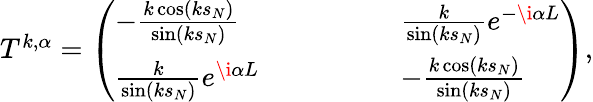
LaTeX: \begin{array}{r}{T^{k,\alpha}=\left(\begin{array}{llllll}{-\frac{k\cos(ks_{N})}{\sin(ks_{N})}}&{}&{}&{}&{}&{\frac{k}{\sin(ks_{N})}e^{-\i\alpha L}}\\ {\frac{k}{\sin(ks_{N})}e^{\i\alpha L}}&{}&{}&{}&{}&{-\frac{k\cos(ks_{N})}{\sin(ks_{N})}}\end{array}\right),}\end{array}